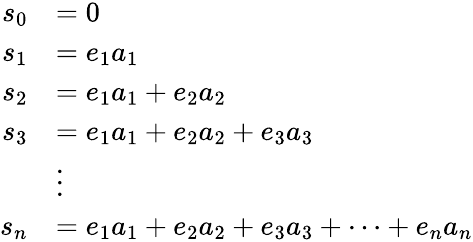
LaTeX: \begin{array}{rl}{s_{0}}&{=0}\\ {s_{1}}&{=e_{1}a_{1}}\\ {s_{2}}&{=e_{1}a_{1}+e_{2}a_{2}}\\ {s_{3}}&{=e_{1}a_{1}+e_{2}a_{2}+e_{3}a_{3}}\\ &{\vdots}\\ {s_{n}}&{=e_{1}a_{1}+e_{2}a_{2}+e_{3}a_{3}+\cdots+e_{n}a_{n}}\end{array}